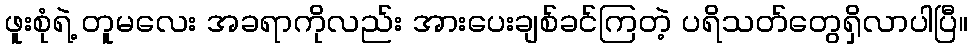
ဖူးစုံရဲ့ တူမလေး အခရာကိုလည်း အားပေးချစ်ခင်ကြတဲ့ ပရိသတ်တွေရှိလာပါပြီ။